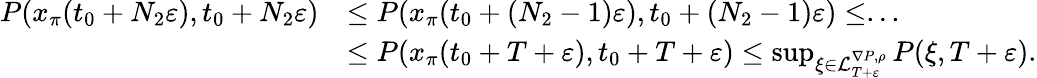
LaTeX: \begin{array}{rl}{P(x_{\pi}(t_{0}+N_{2}\varepsilon),t_{0}+N_{2}\varepsilon)}&{\le P(x_{\pi}(t_{0}+(N_{2}-1)\varepsilon),t_{0}+(N_{2}-1)\varepsilon)\le...}\\ &{\le P(x_{\pi}(t_{0}+T+\varepsilon),t_{0}+T+\varepsilon)\le\operatorname*{sup}_{\xi\in\mathcal L_{T+\varepsilon}^{\nabla P,\rho}}P(\xi,T+\varepsilon).}\end{array}